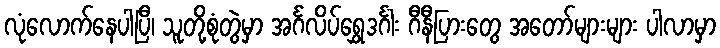
လုံလောက်နေပါပြီ၊ သူတို့စုံတွဲမှာ အင်္ဂလိပ်ရွှေဒင်္ဂါး ဂီနီပြားတွေ အတော်များများ ပါလာမှာ